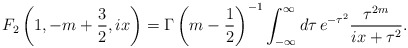
\begin{align*}F_2\left(1,-m+{3\over 2},ix\right)=\Gamma\left(m-{1\over2}\right)^{-1}\int_{-\infty}^{\infty}d\tau\,e^{-\tau^2}{\tau^{2m}\over ix +\tau^2}.\end{align*}